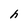
Character: h